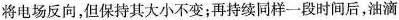
将电场反向，但保持其大小不变；再持续同样一段时间后，油滴